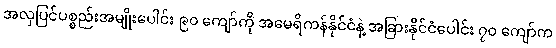
အလှပြင်ပစ္စည်းအမျိုးပေါင်း ၉၀ ကျော်ကို အမေရိကန်နိုင်ငံနဲ့ အခြားနိုင်ငံပေါင်း ၇၀ ကျော်က